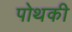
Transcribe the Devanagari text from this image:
पोथकी